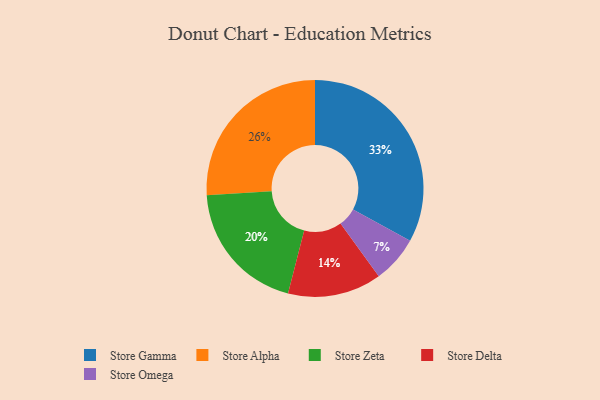
{"axis": {"x": "Category", "y": "Percentage"}, "legend": ["Store Alpha", "Store Delta", "Store Gamma", "Store Omega", "Store Zeta"], "data": [{"x": "Store Delta", "y": 14, "type": "Store Delta"}, {"x": "Store Gamma", "y": 33, "type": "Store Gamma"}, {"x": "Store Zeta", "y": 20, "type": "Store Zeta"}, {"x": "Store Alpha", "y": 26, "type": "Store Alpha"}, {"x": "Store Omega", "y": 7, "type": "Store Omega"}]}